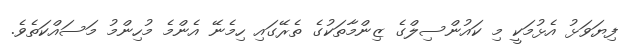
ފިޔަވަޅު އެޅުމަކީ މި ކައުންސިލްގެ ޒިންމާތަކުގެ ތެރޭގައި ހިމެނޭ އެންމެ މުހިންމު މަސައްކަތެވެ.